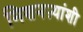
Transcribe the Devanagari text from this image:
मिशनऱ्यांशी